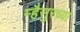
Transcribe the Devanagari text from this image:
म्हैसुरच्या